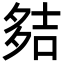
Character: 夡